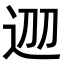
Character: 𨒀